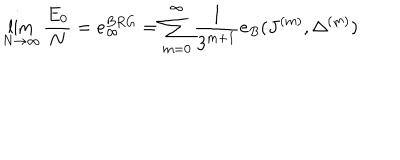
LaTeX: \lim _ { N \rightarrow \infty } \frac { E _ { 0 } } { N } = e _ { \infty } ^ { B R G } = \sum _ { m = 0 } ^ { \infty } \frac { 1 } { 3 ^ { m + 1 } } e _ { B } ( J ^ { ( m ) } , \Delta ^ { ( m ) } )